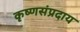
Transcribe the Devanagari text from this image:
कृष्णसंप्रदाय